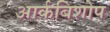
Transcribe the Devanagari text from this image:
आर्कबिशोप